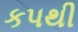
કપથી